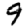
Digit: 9